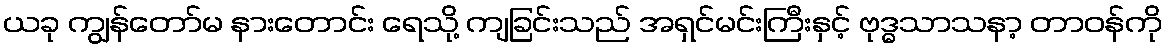
ယခု ကျွန်တော်မ နားတောင်း ရေသို့ ကျခြင်းသည် အရှင်မင်းကြီးနှင့် ဗုဒ္ဓသာသနာ့ တာဝန်ကို